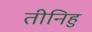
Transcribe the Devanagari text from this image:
तीनिहु